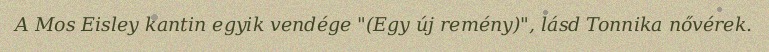
A Mos Eisley kantin egyik vendége "(Egy új remény)", lásd Tonnika nővérek.